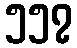
၅၅၇